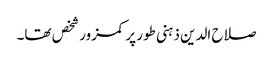
صلاح الدین ذہنی طور پر کمزور شخص تھا۔